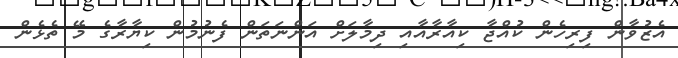
އެޒުވާން ފިރިހެން ކުއްޖާ ކިއާރާއާއި ދިމާލަށް އަންނަތަން ފެނުމުން ކިޔާރާގެ މޭ ތެޅެން